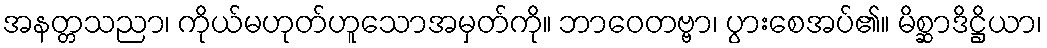
အနတ္တသညာ၊ ကိုယ်မဟုတ်ဟူသောအမှတ်ကို။ ဘာဝေတဗ္ဗာ၊ ပွားစေအပ်၏။ မိစ္ဆာဒိဋ္ဌိယာ၊